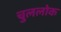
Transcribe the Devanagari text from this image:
चुललोक